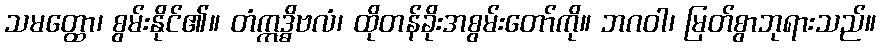
သမတ္ထော၊ စွမ်းနိုင်၏။ တံဣဒ္ဓိဗလံ၊ ထိုတန်ခိုးအစွမ်းတော်ကို။ ဘဂဝါ၊ မြတ်စွာဘုရားသည်။